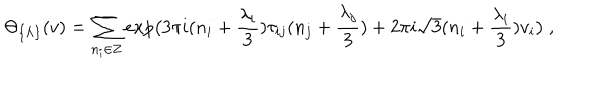
\Theta _ { \{ \Lambda \} } ( v ) = \sum _ { n _ { i } \in { \bf Z } } e x p \bigl ( 3 \pi i ( n _ { i } + \frac { \lambda _ { i } } { 3 } ) \tau _ { i j } ( n _ { j } + \frac { \lambda _ { j } } { 3 } ) + 2 \pi i \sqrt { 3 } ( n _ { i } + \frac { \lambda _ { i } } { 3 } ) v _ { i } \bigr ) \ ,